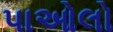
પાઓલો